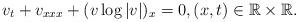
LaTeX: \begin{align*}v_t + v_{xxx} + (v \log|v|)_x = 0, (x,t) \in \mathbb{R} \times \mathbb{R}.\end{align*}